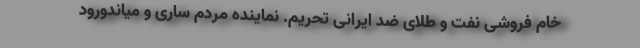
خام فروشی نفت و طلای ضد ایرانی تحریم. نماینده مردم ساری و میاندورود